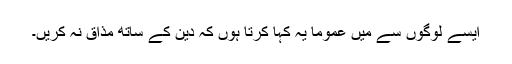
ایسے لوگوں سے مَیں عموماً یہ کہا کرتا ہوں کہ دین کے ساتھ مذاق نہ کریں۔